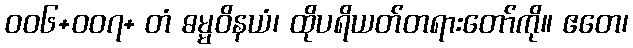
၀၀၆+၀၀၇+ တံ ဓမ္မဝိနယံ၊ ထိုပရိယတ်တရားတော်ကို။ ဧတေ၊